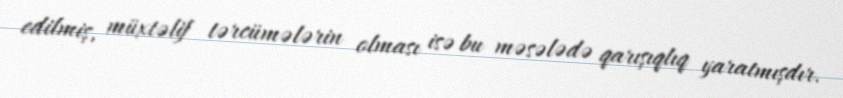
edilmiş, müxtəlif tərcümələrin olması isə bu məsələdə qarışıqlıq yaratmışdır.